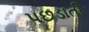
પછડાતી